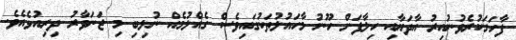
ފާހަގަކުރެވުނުއިރު އާދަޔާއި ހިލާފަށް ހޫނު މާހައުލުތަކުގައިވެސް ގެއްލުމެއް ނުލިބި މި ޖަނަވާރު ދިރިއުޅެއެވެ.